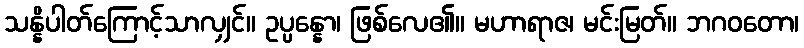
သန္နိပါတ်ကြောင့်သာလျှင်။ ဥပ္ပန္နော၊ ဖြစ်လေ၏။ မဟာရာဇ၊ မင်းမြတ်။ ဘဂဝတော၊